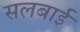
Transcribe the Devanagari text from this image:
सलबाई